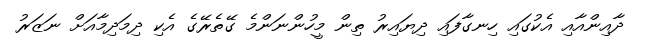
ދާއިންއާއި އެކުގައި ހިނގާފައި ދިޔައިރު ތިން މީހުންނަންމެ ގޭތެރޭގެ އެކި ދިމަދިމާއަށް ނަޒަރު